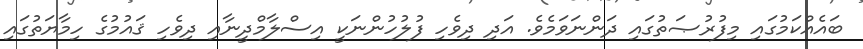
ބައެއްކަމުގައި މިފުރުޞަތުގައި ދަންނަވަމެވެ. އަދި ދިވެހި ފުލުހުންނަކީ އިސްލާމްދީނާއި ދިވެހި ޤައުމުގެ ހިމާޔަތުގައި